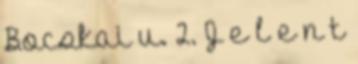
Bocskai u. 2. J e l e n t